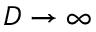
D \rightarrow \infty